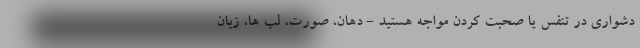
دشواری در تنفس یا صحبت کردن مواجه هستید - دهان، صورت، لب ها، زبان